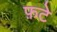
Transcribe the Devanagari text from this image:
फ़टे